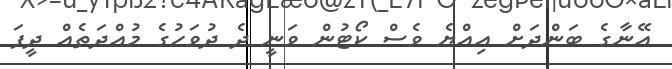
އޭނާގެ ބަންދަށް އިއްޔެ ވެސް ކޯޓުން ވަނީ ދެ ދުވަހުގެ މުއްދަތެއް ދީފަ